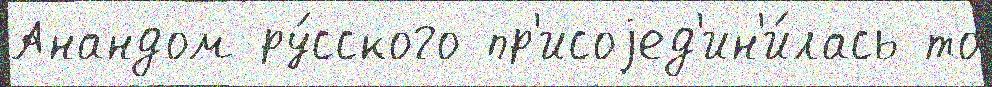
Анандом ру́сского пр'исоjед'ин'и́лась то